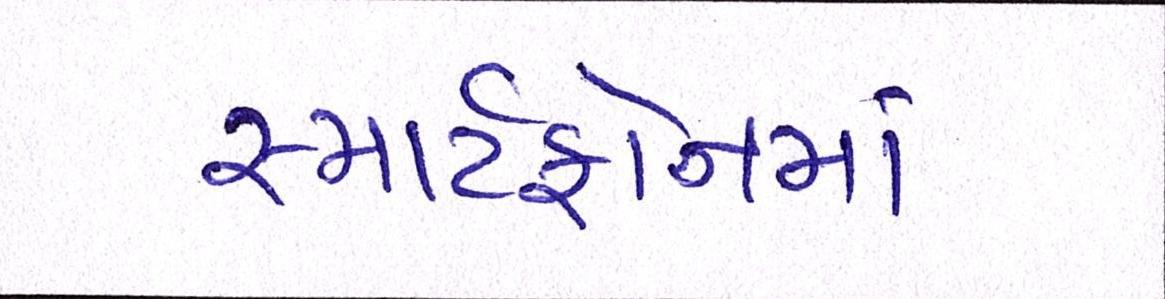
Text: સ્માર્ટફોનમાં